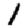
Digit: 1